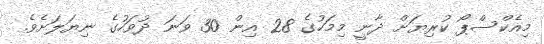
މިއެކްސްޕޯ ކުރިޔަށް ދާނީ މިމަހުގެ 28 އިން 30 ވަނަ ދުވަހުގެ ނިޔަލަށެވެ.